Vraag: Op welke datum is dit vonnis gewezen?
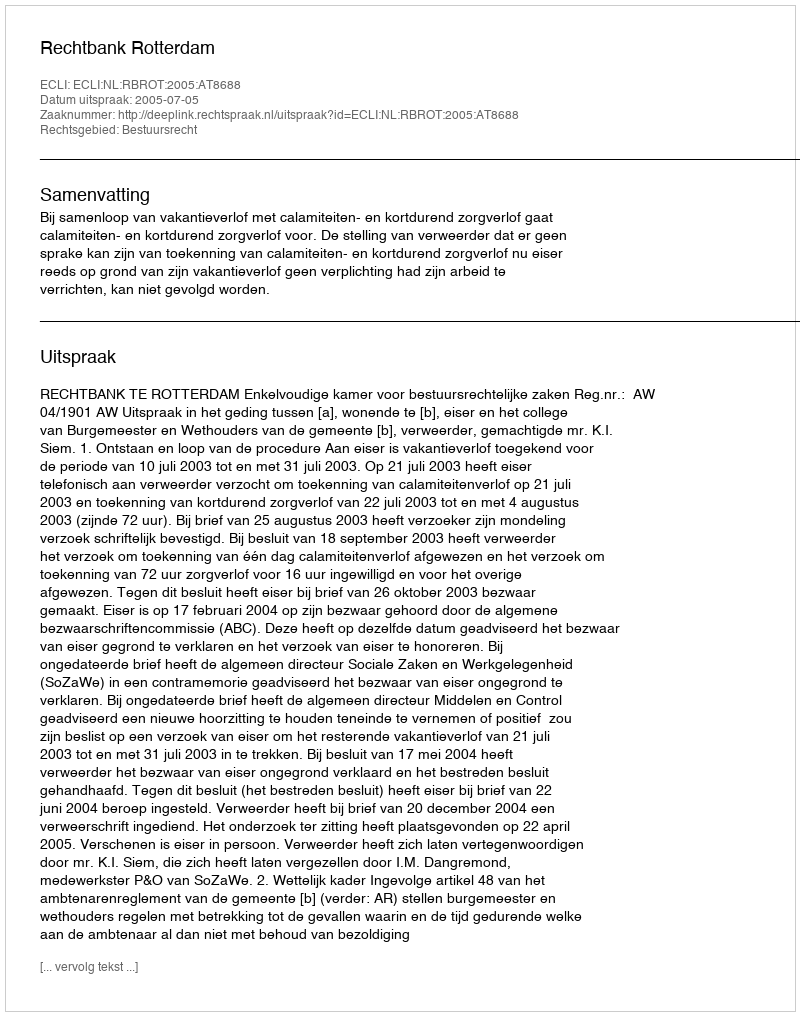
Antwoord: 2005-07-05